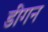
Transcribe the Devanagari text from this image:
डीगन